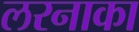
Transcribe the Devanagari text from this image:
लरनाका